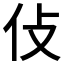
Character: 𠆸